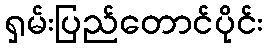
ရှမ်းပြည်တောင်ပိုင်း